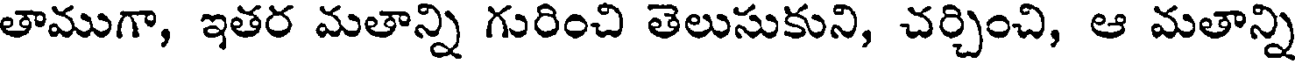
తాముగా, ఇతర మతాన్ని గురించి తెలుసుకుని, చర్చించి, ఆ మతాన్ని